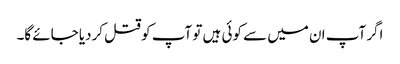
اگر آپ ان میں سے کوئی ہیں تو آپ کو قتل کردیا جائے گا۔